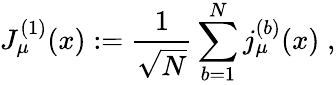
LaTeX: J_{\mu}^{(1)}(x):=\frac{1}{\sqrt{N}}\sum_{b=1}^{N}j_{\mu}^{(b)}(x)\; ,